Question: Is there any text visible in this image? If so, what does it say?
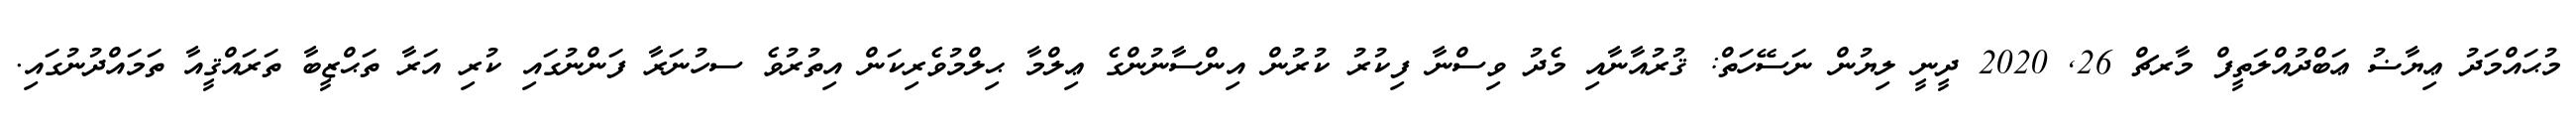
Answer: މުޙައްމަދު ޢިޔާޟު ޢަބްދުއްލަތީފް މާރޗް 26, 2020 ދީނީ ލިޔުން ނަސޭހަތް: ޤުރުއާނާއި މެދު ވިސްނާ ފިކުރު ކުރުން އިންސާނުންގެ ޢިލްމާ ޙިލްމުވެރިކަން އިތުރުވެ ސހުނަރާ ފަންނުގައި ކުރި އަރާ ތަޙްޒީބާ ތަރައްޤީއާ ތަމައްދުނުގައި.